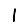
Digit: 1